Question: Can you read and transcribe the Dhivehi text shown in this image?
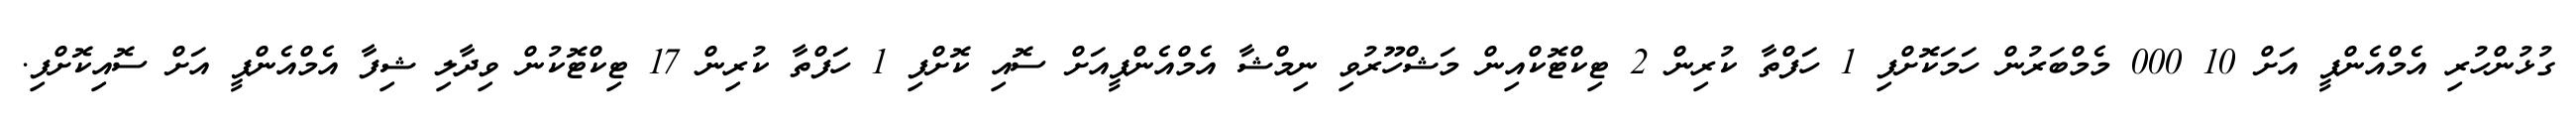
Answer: ގުޅުންހުރި އެމްއެންޕީ އަށް 10 000 މެމްބަރުން ހަމަކޮށްފި 1 ހަފްތާ ކުރިން 2 ޓިކްޓޮކްއިން މަޝްހޫރުވި ނިމްޝާ އެމްއެންޕީއަށް ސޮއި ކޮށްފި 1 ހަފްތާ ކުރިން 17 ޓިކްޓޮކުން ވިދާލި ޝިފާ އެމްއެންޕީ އަށް ސޮއިކޮށްފި.